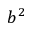
b ^ { 2 }